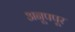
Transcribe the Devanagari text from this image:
अनूपपूर